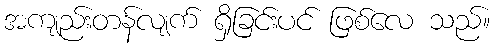
အကျည်းတန်လျက် ရှိခြင်းပင် ဖြစ်လေ သည်။